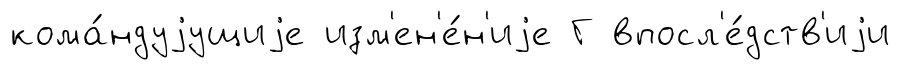
кома́ндуjущиjе изм'ен'е́н'иjе Г впосл'е́дств'иjи